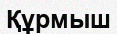
Құрмыш